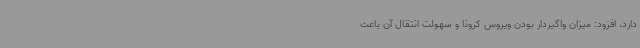
دارد، افزود: میزان واگیردار بودن ویروس کرونا و سهولت انتقال آن باعث